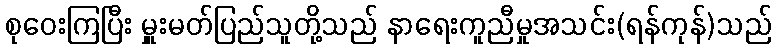
စုဝေးကြပြီး မှူးမတ်ပြည်သူတို့သည် နာရေးကူညီမှုအသင်း(ရန်ကုန်)သည်